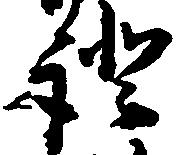
証